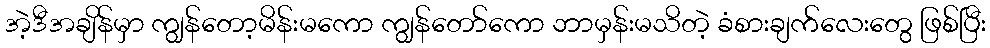
အဲ့ဒီအချိန်မှာ ကျွန်တော့မိန်းမကော ကျွန်တော်ကော ဘာမှန်းမသိတဲ့ ခံစားချက်လေးတွေ ဖြစ်ပြီး